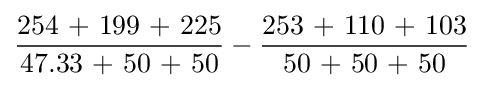
{\frac {\mbox{254 + 199 + 225}}{\mbox{47.33 + 50 + 50}}}-{\frac {\mbox{253 + 110 + 103}}{\mbox{50 + 50 + 50}}}